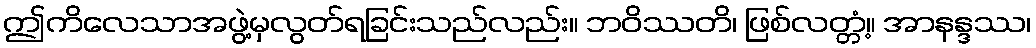
ဤကိလေသာအဖွဲ့မှလွတ်ရခြင်းသည်လည်း။ ဘဝိဿတိ၊ ဖြစ်လတ္တံ့။ အာနန္ဒဿ၊